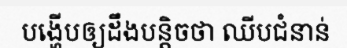
បង្ហើបឲ្យដឹងបន្តិចថា ឈីបជំនាន់